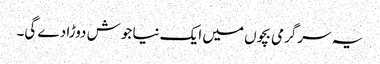
یہ سرگرمی بچوں میں ایک نیا جوش دوڑا دے گی۔